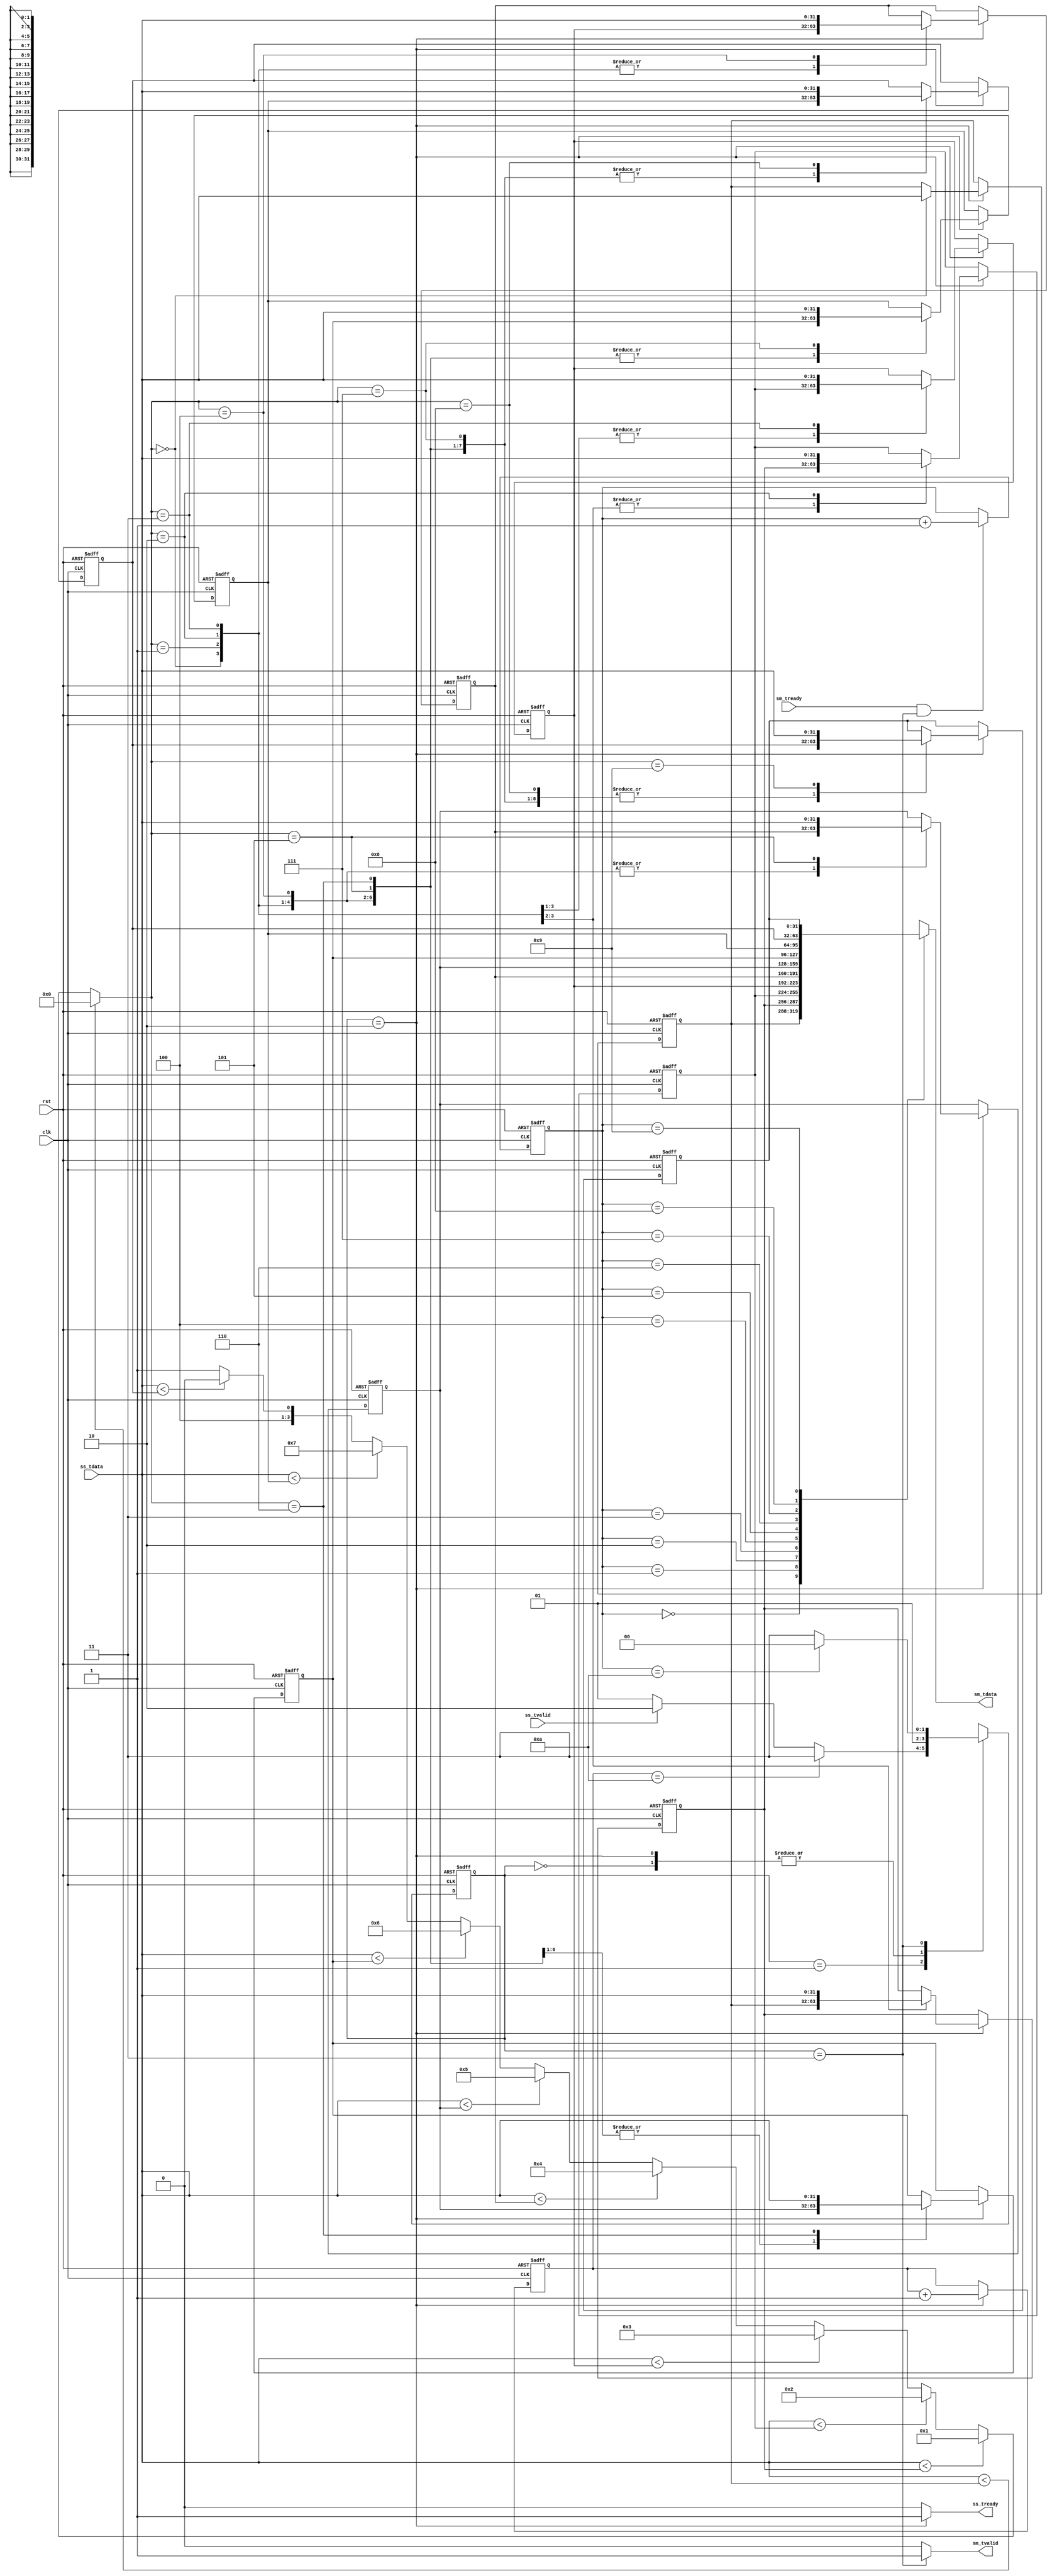
module qs
#(  parameter pADDR_WIDTH = 12,
    parameter pDATA_WIDTH = 32,
    parameter Tape_Num    = 11
)
(
    // AXI4-Lite 

    output  wire                     ss_tready,  // ss_tready : Fir is ready for accepting input data.
    input   wire                     ss_tvalid,  // ss_tvalid : Data from testbench is valid.
    input   wire [(pDATA_WIDTH-1):0] ss_tdata,   // ss_tdata  : Data input.

    
    // AXI4-Stream

    
    input   wire                     sm_tready,  // sm_tready : Testbench is ready for accepting output data.
    output  wire                     sm_tvalid,  // sm_tvalid : Data from fir is valid.
    output  wire [(pDATA_WIDTH-1):0] sm_tdata,   // sm_tdata  : Data output.



    input   wire                     clk,   // Clock source.
    input   wire                     rst  // Global reset source, active low.
);


reg [1:0]               state, next_state;
wire [(pDATA_WIDTH-1):0] data_in;
assign data_in=ss_tdata;
assign ss_tready=(state==shift) ? 1'b1:1'b0;
assign sm_tvalid=(state==End)? 1'b1:1'b0;
assign sm_tdata=shift_reg [counter_y];
    localparam  RESET = 2'd0, IDLE = 2'd1, shift = 2'd2, End = 2'd3; 

always @(posedge clk or posedge rst) begin
        if(rst) begin
	    state      <= RESET;
	    end
        else begin
            state      <= next_state;
        end
 end
 wire [3:0] n_counter_x,n_counter_y;
 reg [3:0] counter_x, counter_y;
 assign n_counter_x= counter_x+4'd1;
 assign n_counter_y= counter_y+4'd1;
 always @(posedge clk or posedge rst) begin
        if(rst) begin
	    counter_x      <= 4'd0;
	    end
        else begin
           if (state ==shift) begin
            counter_x      <= n_counter_x;
           end
           else begin 
           end
        end
 end
  always @(posedge clk or posedge rst) begin
        if(rst) begin
	    counter_y      <= 4'd0;
	    end
        else begin
           if (sm_tready&(state==End)) begin
            counter_y      <= n_counter_y;
           end
           else begin 
           end
        end
 end
  always @(*) begin
        case(state) 
            RESET: begin
                    next_state = IDLE;
                    end
            IDLE: begin
                if( counter_x == 4'd10) begin
                next_state= End;
                end
                else if(ss_tvalid)begin
                next_state = shift;
                end            
                else begin
                    next_state =IDLE;
                end
            end
            shift: begin
                  next_state =IDLE;
            end
            End: begin
                if (counter_y==4'd10) begin
                    next_state = RESET;
                end
                else begin
                    next_state = End;
                end
            end
        endcase
    end
 // debug use   
 wire[31:0] sort0;
 assign sort0=shift_reg [0];
    
 wire[31:0] sort1;
 assign sort1=shift_reg [1];
 
 wire[31:0] sort2;
 assign sort2=shift_reg [2];
    
 wire[31:0] sort3;
 assign sort3=shift_reg [3];
 
  wire[31:0] sort4;
 assign sort4=shift_reg [4];
    
 wire[31:0] sort5;
 assign sort5=shift_reg [5];
 
 
  wire[31:0] sort6;
 assign sort6=shift_reg [6];
    
 wire[31:0] sort7;
 assign sort7=shift_reg [7];
 
  wire[31:0] sort8;
 assign sort8=shift_reg [8];
    
 wire[31:0] sort9;
 assign sort9=shift_reg [9];
 
 
 
 reg [31:0] shift_reg [9:0], n_shift_reg[9:0];  
 integer i;
 always @(posedge clk or posedge rst) begin
        if(rst) begin
	    for (i=0;i<10;i=i+1)begin
	    shift_reg[i]<=32'hffff_ffff;
	    end
	end
        else begin
            for (i=0;i<10;i=i+1)begin
	    shift_reg[i]<=n_shift_reg[i];
	    end
        end
 end   
 
 
 wire [3:0] index ; // should compared reg to design 
 assign index = ( data_in < shift_reg[0] )? 4'd0 :  ( data_in < shift_reg[1] )? 4'd1 : ( data_in < shift_reg[2] )? 4'd2 :( data_in < shift_reg[3] )? 4'd3 :( data_in < shift_reg[4] )? 4'd4 :( data_in < shift_reg[5] )? 4'd5 :( data_in < shift_reg[6] )? 4'd6 :( data_in < shift_reg[7] )? 4'd7 :( data_in < shift_reg[8] )? 4'd8 :4'd9 ;
 
 always @* begin
 if (state==shift) begin
    case (index)
     4'd0:  begin

      n_shift_reg[0]=data_in;   
      for (i=1;i<10;i=i+1)begin
      n_shift_reg[i]=shift_reg[i-1];
      end  
 
end
     4'd1:  begin 
      for (i=0;i<1;i=i+1)begin
      n_shift_reg[i]=shift_reg[i];
      end   
      n_shift_reg[1]=data_in;   
      for (i=2;i<10;i=i+1)begin
      n_shift_reg[i]=shift_reg[i-1];
      end       
     
end     
     4'd2:  begin
      for (i=0;i<2;i=i+1)begin
      n_shift_reg[i]=shift_reg[i];
      end   
      n_shift_reg[2]=data_in;   
      for (i=3;i<10;i=i+1)begin
      n_shift_reg[i]=shift_reg[i-1];
      end       
     
     
end     
     4'd3:  begin 
      for (i=0;i<3;i=i+1)begin
      n_shift_reg[i]=shift_reg[i];
      end   
      n_shift_reg[3]=data_in;   
      for (i=4;i<10;i=i+1)begin
      n_shift_reg[i]=shift_reg[i-1];
      end  


end
     4'd4:  begin
      for (i=0;i<4;i=i+1)begin
      n_shift_reg[i]=shift_reg[i];
      end   
      n_shift_reg[4]=data_in;   
      for (i=5;i<10;i=i+1)begin
      n_shift_reg[i]=shift_reg[i-1];
      end   
 
end
     4'd5:  begin 
      for (i=0;i<5;i=i+1)begin
      n_shift_reg[i]=shift_reg[i];
      end   
      n_shift_reg[5]=data_in;   
      for (i=6;i<10;i=i+1)begin
      n_shift_reg[i]=shift_reg[i-1];
      end       
     
end     
     4'd6:  begin
      for (i=0;i<6;i=i+1)begin
      n_shift_reg[i]=shift_reg[i];
      end   
      n_shift_reg[6]=data_in;   
      for (i=7;i<10;i=i+1)begin
      n_shift_reg[i]=shift_reg[i-1];
      end       
     
     
end     
     4'd7:  begin 
      for (i=0;i<7;i=i+1)begin
      n_shift_reg[i]=shift_reg[i];
      end   
      n_shift_reg[7]=data_in;   
      for (i=8;i<10;i=i+1)begin
      n_shift_reg[i]=shift_reg[i-1];
      end  


end
     4'd8:  begin
      for (i=0;i<8;i=i+1)begin
      n_shift_reg[i]=shift_reg[i];
      end   
      n_shift_reg[8]=data_in;   
      for (i=9;i<10;i=i+1)begin
      n_shift_reg[i]=shift_reg[i-1];
      end    

end
     4'd9:  begin 
      for (i=0;i<9;i=i+1)begin
      n_shift_reg[i]=shift_reg[i];
      end   
      n_shift_reg[9]=data_in;      

    
end     
    default: begin
       for (i=0;i<10;i=i+1)begin
       n_shift_reg[i]=shift_reg[i];
       end  
    end
    endcase
 end
 
 else begin
         for (i=0;i<10;i=i+1)begin
	  n_shift_reg[i]=shift_reg[i];
	  end   
 
 end
 
 end
    
    
    
endmodule